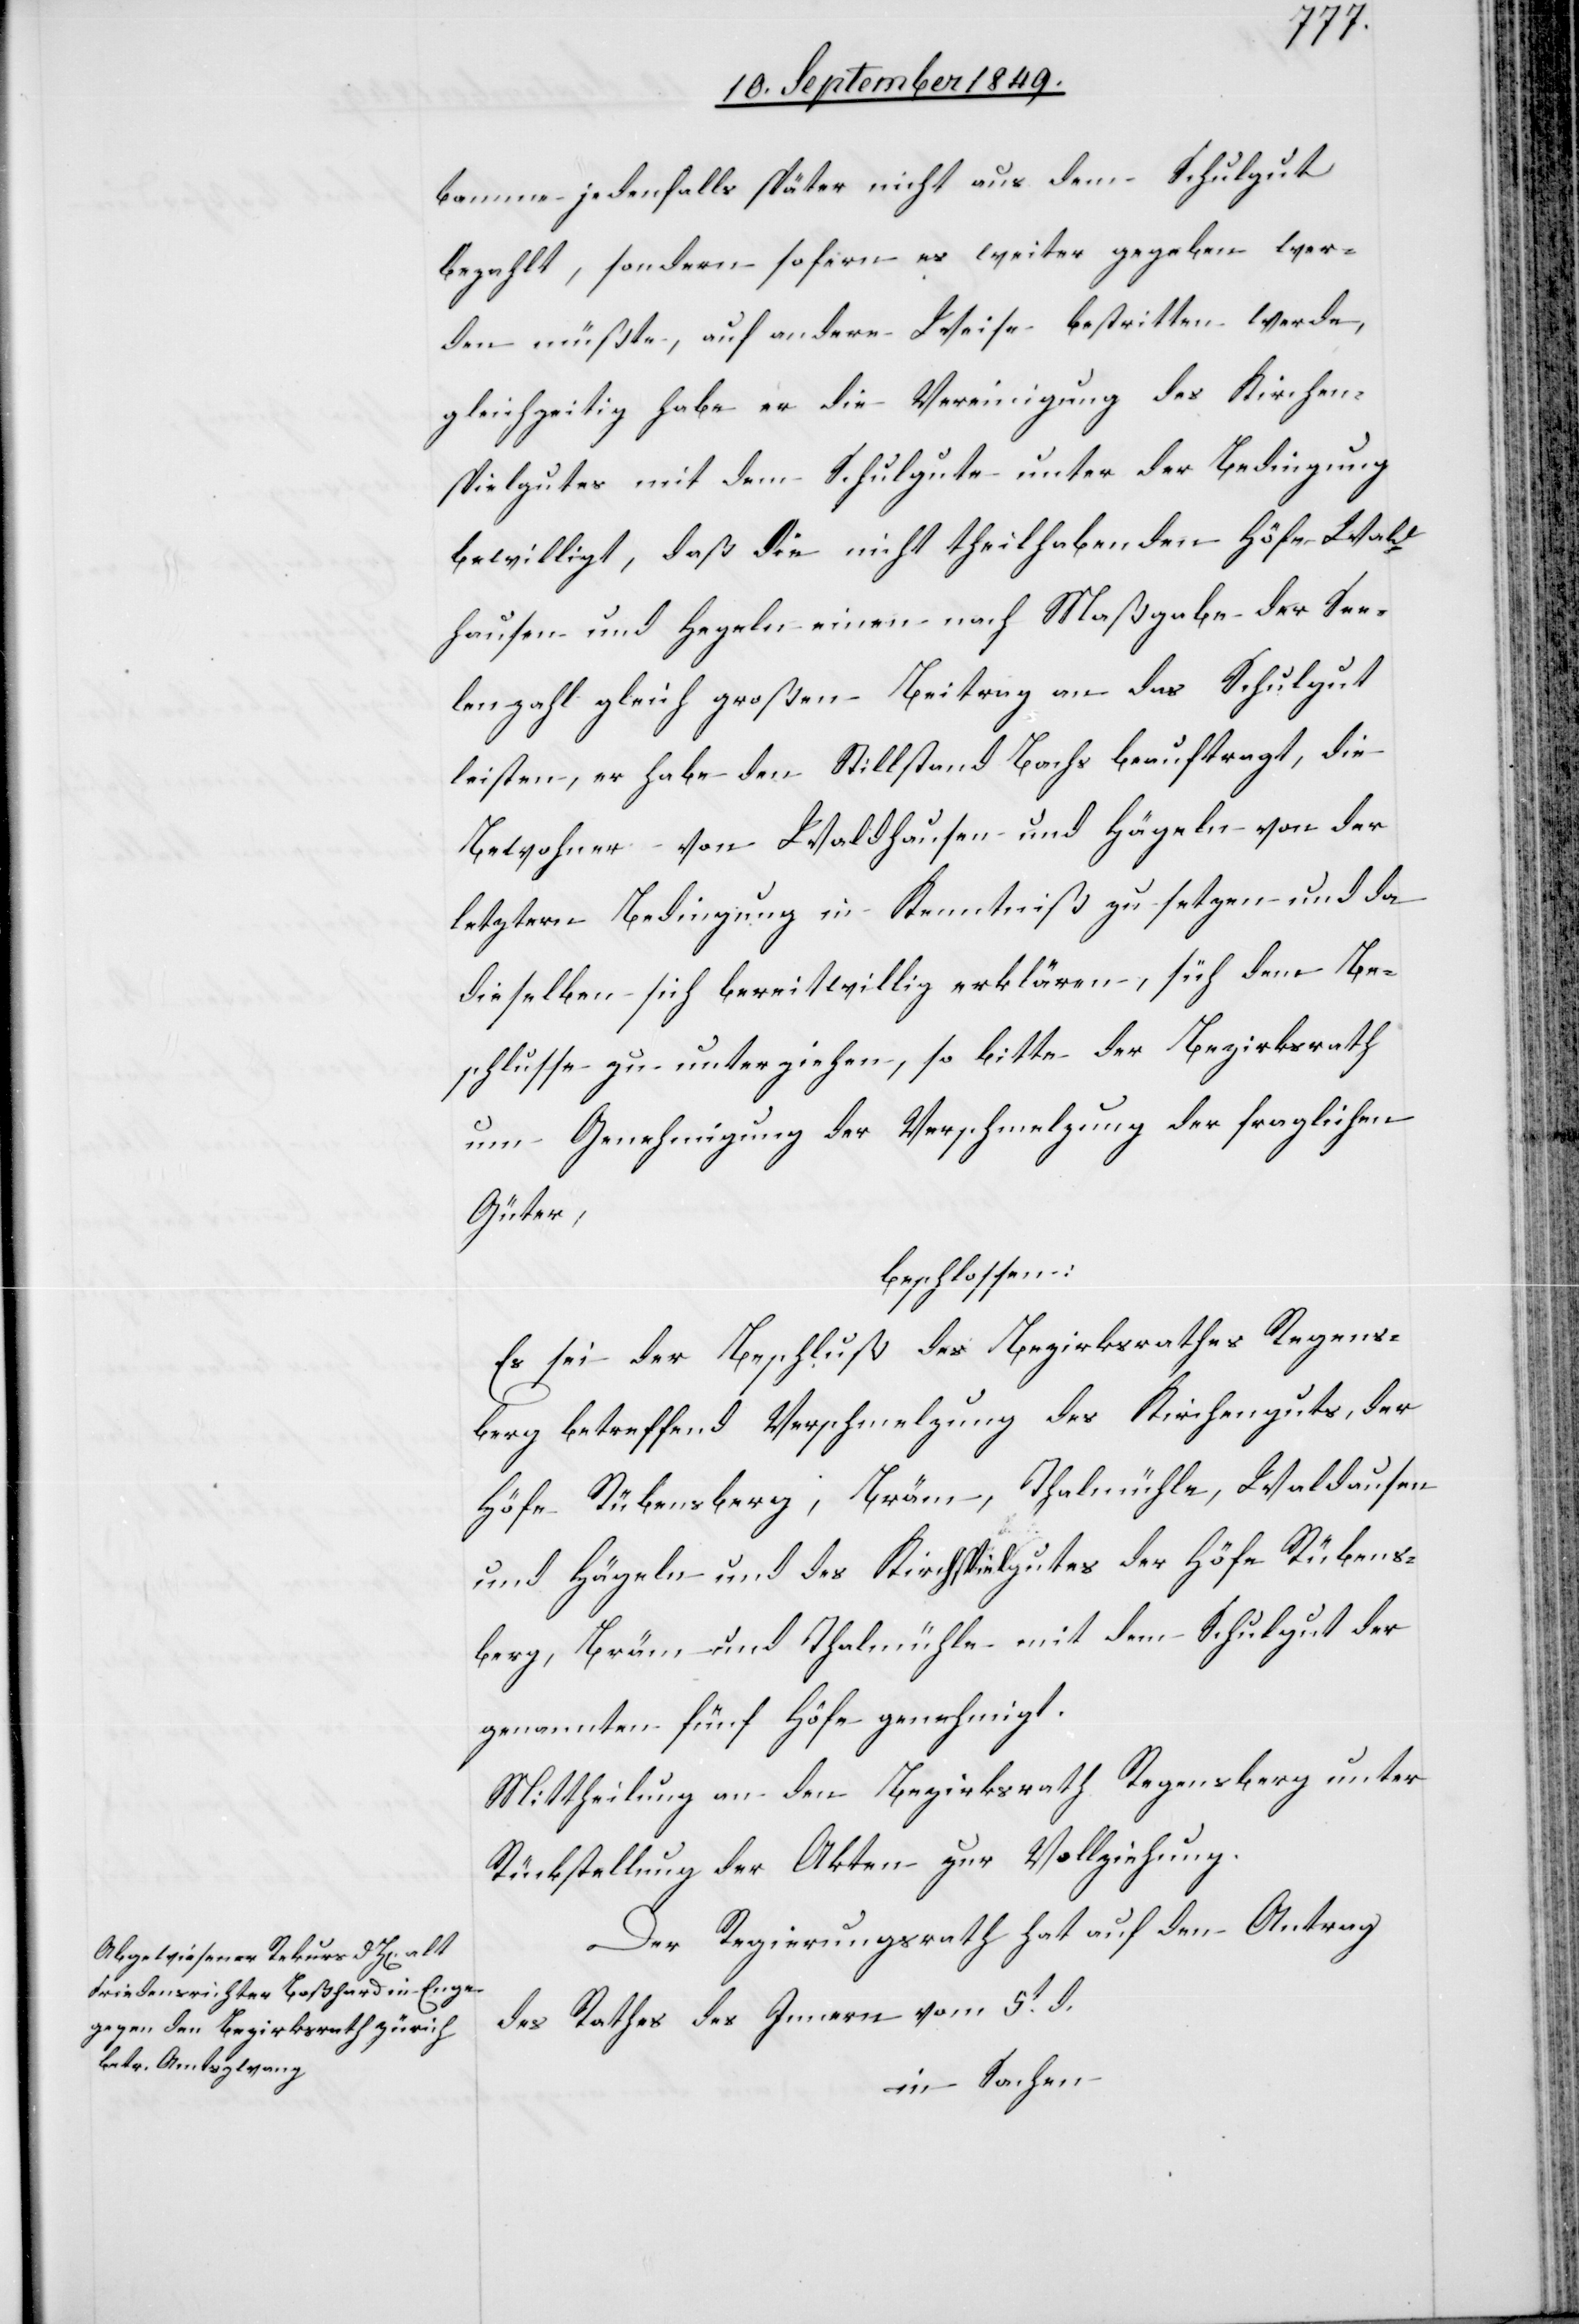
bamme jedenfalls später nicht aus dem Schulgut
bezahlt, sondern sofern es weiter gegeben wer¬
den müßte, auf andere Weise bestritten werde,
gleichzeitig habe er die Vereinigung des Kirchen¬
spielgutes mit dem Schulgute unter der Bedingung
bewilligt, daß die nicht theilhabenden Höfe Wahl¬
hausen und Hegeln einen nach Maßgabe der See¬
lenzahl gleich großen Beitrag an das Schulgut
leisten, er habe den Stillstand Bachs beauftragt, die
Bewohner von Waldhausen und Hägeln von der
letztern Bedingung in Kenntniß zu setzen und da
dieselben sich bereitwillig erklären, sich dem Be¬
schlusse zu unterziehen, so bitte der Bezirksrath
um Genehmigung der Verschmelzung der fraglichen
Güter,
beschlossen:
Es sei der Beschluß des Bezirksrathes Regens¬
berg betreffend Verschmelzung des Kirchenguts, der
Höfe Rübensberg, Bräm, Thalmühle, Waldausen
und Hägeln und des Kirchspielgutes der Höfe Rübens¬
berg, Bräm und Thalmühle mit dem Schulgut der
genannten fünf Höfe genehmigt.
Mittheilung an den Bezirksrath Regensberg unter
Rückstellung der Akten zur Vollziehung.
Der Regierungsrath hat auf den Antrag
des Rathes des Innern vom 5t d.
in Sachen